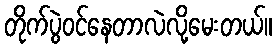
တိုက်ပွဲဝင်နေတာလဲလို့မေးတယ်။